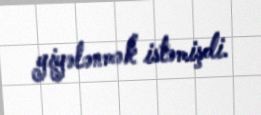
yiyələnmək istəmişdi.